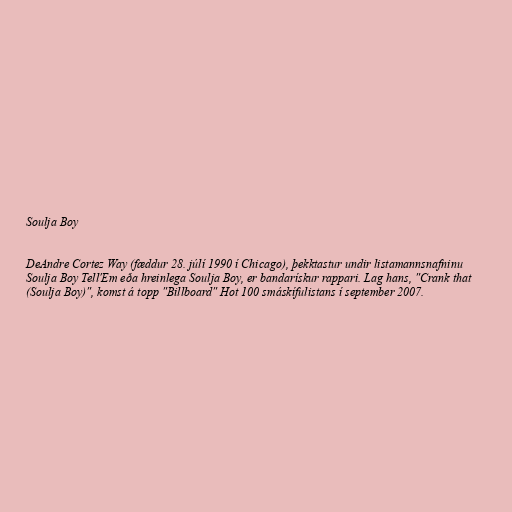
Soulja Boy

DeAndre Cortez Way (fæddur 28. júlí 1990 í Chicago), þekktastur undir listamannsnafninu
Soulja Boy Tell'Em eða hreinlega Soulja Boy, er bandarískur rappari. Lag hans, "Crank that
(Soulja Boy)", komst á topp "Billboard" Hot 100 smáskífulistans í september 2007.